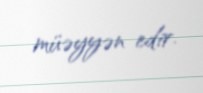
müəyyən edir.